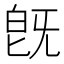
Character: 旣